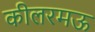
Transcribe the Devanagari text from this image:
कीलरमऊ